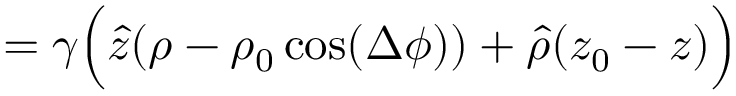
= \gamma \Big ( \hat { z } ( \rho - \rho _ { 0 } \cos ( \Delta \phi ) ) + \hat { \rho } ( z _ { 0 } - z ) \Big )